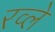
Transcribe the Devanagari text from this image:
रव्ले